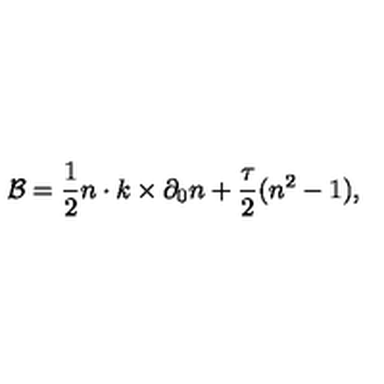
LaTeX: { \cal B } = { \frac { 1 } { 2 } } n \cdot k \times \partial _ { 0 } n + { \frac { \tau } { 2 } } ( n ^ { 2 } - 1 ) ,